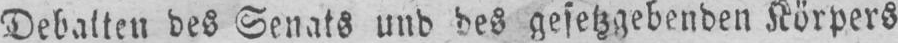
Debatten des Senats und des gesetzgebenden Körpers